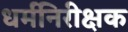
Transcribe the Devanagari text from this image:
धर्मनिरीक्षक